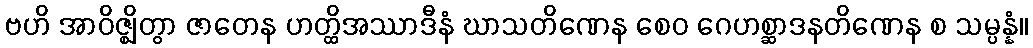
ဗဟိ အာဝိဇ္ဈိတွာ ဇာတေန ဟတ္ထိအဿာဒီနံ ဃာသတိဏေန စေဝ ဂေဟစ္ဆာဒနတိဏေန စ သမ္ပန္နံ။